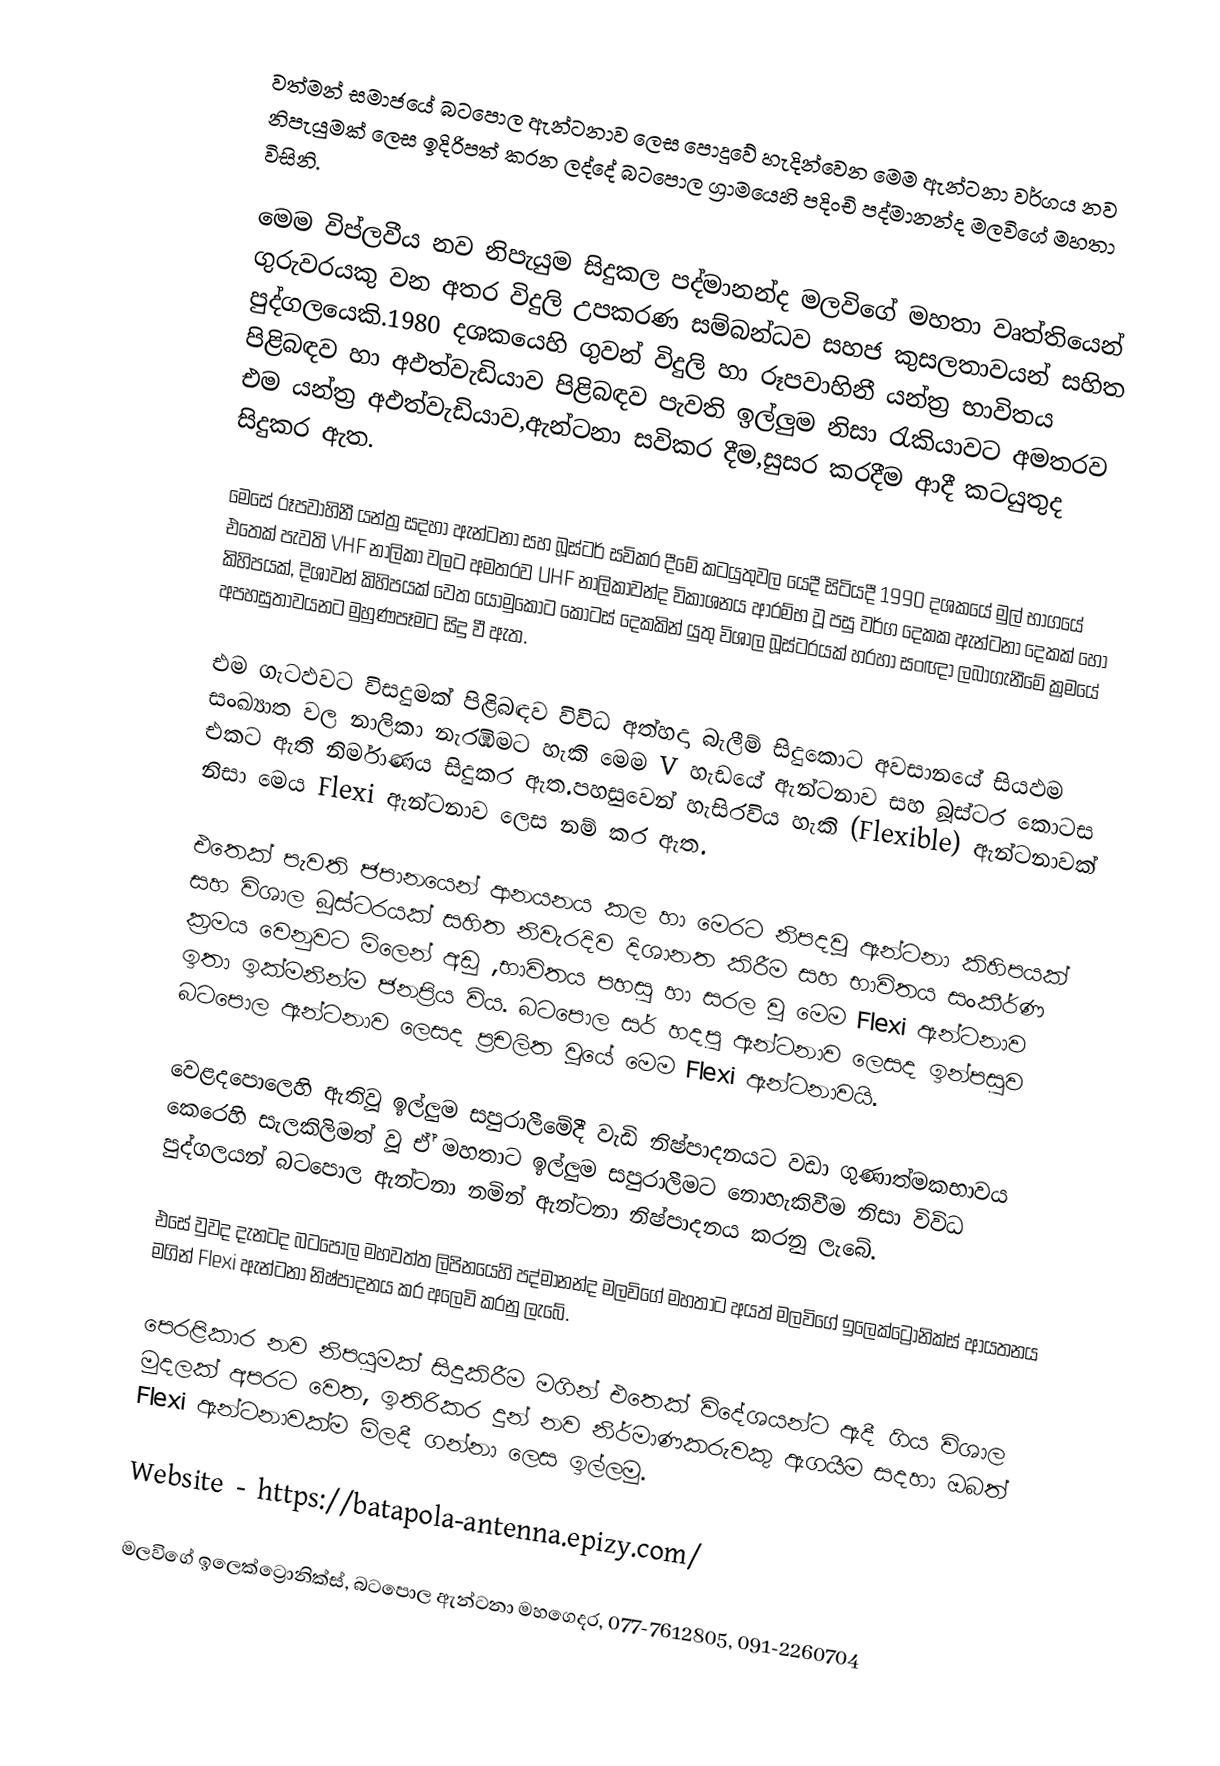
වත්මන් සමාජයේ බටපොල ඇන්ටනාව ලෙස පොදුවේ හැදින්වෙන මෙම ඇන්ටනා වර්ගය නව නිපැයුමක් ලෙස ඉදිරිපත් කරන ලද්දේ බටපොල ග්‍රාමයෙහි පදිංචි පද්මානන්ද මලවිගේ මහතා විසිනි.

මෙම විප්ලවීය නව නිපැයුම සිදුකල පද්මානන්ද මලවිගේ මහතා වෘත්තියෙන් ගුරුවරයකු වන අතර විදුලි උපකරණ සම්බන්ධව සහජ කුසලතාවයන් සහිත පුද්ගලයෙකි.1980 දශකයෙහි ගුවන් විදුලි හා රූපවාහිනී යන්ත්‍ර භාවිතය පිළිබඳව හා අඵත්වැඩියාව පිළිබඳව පැවති ඉල්ලුම නිසා රැකියාවට අමතරව එම යන්ත්‍ර අඵත්වැඩියාව,ඇන්ටනා සවිකර දීම,සුසර කරදීම ආදී කටයුතුද සිදුකර ඇත.

මෙසේ රූපවාහිනී යන්ත්‍ර සදහා ඇන්ටනා සහ බූස්ටර් සවිකර දීමේ කටයුතුවල යෙදී සිටියදී 1990 දශකයේ මුල් භාගයේ එතෙක් පැවති VHF නාලිකා වලට අමතරව UHF නාලිකාවන්ද විකාශනය ආරම්භ වූ පසු වර්ග දෙකක ඇන්ටනා දෙකක් හෝ කිහිපයක්, දිශාවන් කිහිපයක් වෙත යොමුකොට කොටස් දෙකකින් යුතු විශාල බූස්ටරයක් හරහා සංඥා ලබාගැනීමේ ක්‍රමයේ අපහසුතාවයනට මුහුණපෑමට සිදු වී ඇත.

එම ගැටඵවට විසදුමක් පිළිබඳව විවිධ අත්හදා බැලීම් සිදුකොට අවසානයේ සියඵම සංඛ්‍යාත වල නාලිකා නැරඹීමට හැකි මෙම V හැඩයේ ඇන්ටනාව සහ බූස්ටර කොටස එකට ඇති නිර්මාණය සිදුකර ඇත.පහසුවෙන් හැසිරවිය හැකි (Flexible) ඇන්ටනාවක් නිසා මෙය Flexi ඇන්ටනාව ලෙස නම් කර ඇත.

එතෙක් පැවති ජපානයෙන් ආනයනය කල හා මෙරට නිපදවූ ඇන්ටනා කිහිපයක් සහ විශාල බූස්ටරයක් සහිත නිවැරදිව දිශානත කිරීම සහ භාවිතය සංකීර්ණ ක්‍රමය වෙනුවට මිලෙන් අඩු ,භාවිතය පහසු හා සරල වූ මෙම Flexi ඇන්ටනාව ඉතා ඉක්මනින්ම ජනප්‍රිය විය. බටපොල සර් හදපු ඇන්ටනාව ලෙසද ඉන්පසුව බටපොල ඇන්ටනාව ලෙසද ප්‍රචලිත වූයේ මෙම Flexi ඇන්ටනාවයි.

වෙළදපොලෙහි ඇතිවූ ඉල්ලුම සපුරාලීමේදී වැඩි නිෂ්පාදනයට වඩා ගුණාත්මකභාවය කෙරෙහි සැලකිලිමත් වූ ඒ් මහතාට ඉල්ලුම සපුරාලීමට නොහැකිවීම නිසා විවිධ පුද්ගලයන් බටපොල ඇන්ටනා නමින් ඇන්ටනා නිෂ්පාදනය කරනු ලැබේ.

එසේ වුවද දැනටද බටපොල මහවත්ත ලිපිනයෙහි පද්මානන්ද මලවිගේ මහතාට අයත් මලවිගේ ඉලෙක්ට්‍රොනික්ස් ආයතනය මගින් Flexi ඇන්ටනා නිෂ්පාදනය කර අලෙවි කරනු ලැබේ.

පෙරළිකාර නව නිපයුමක් සිදුකිරීම මගින් එතෙක් විදේශයන්ට ඇදී ගිය විශාල මුදලක් අපරට වෙත, ඉතිරිකර දුන් නව නිර්මාණකරුවකු ඇගයීම සදහා ඔබත් Flexi ඇන්ටනාවක්ම මිලදී ගන්නා ලෙස ඉල්ලමු.

Website - https://batapola-antenna.epizy.com/

මලවිගේ ඉලෙක්ට්‍රොනික්ස්, බටපොල ඇන්ටනා මහගෙදර, 077-7612805, 091-2260704